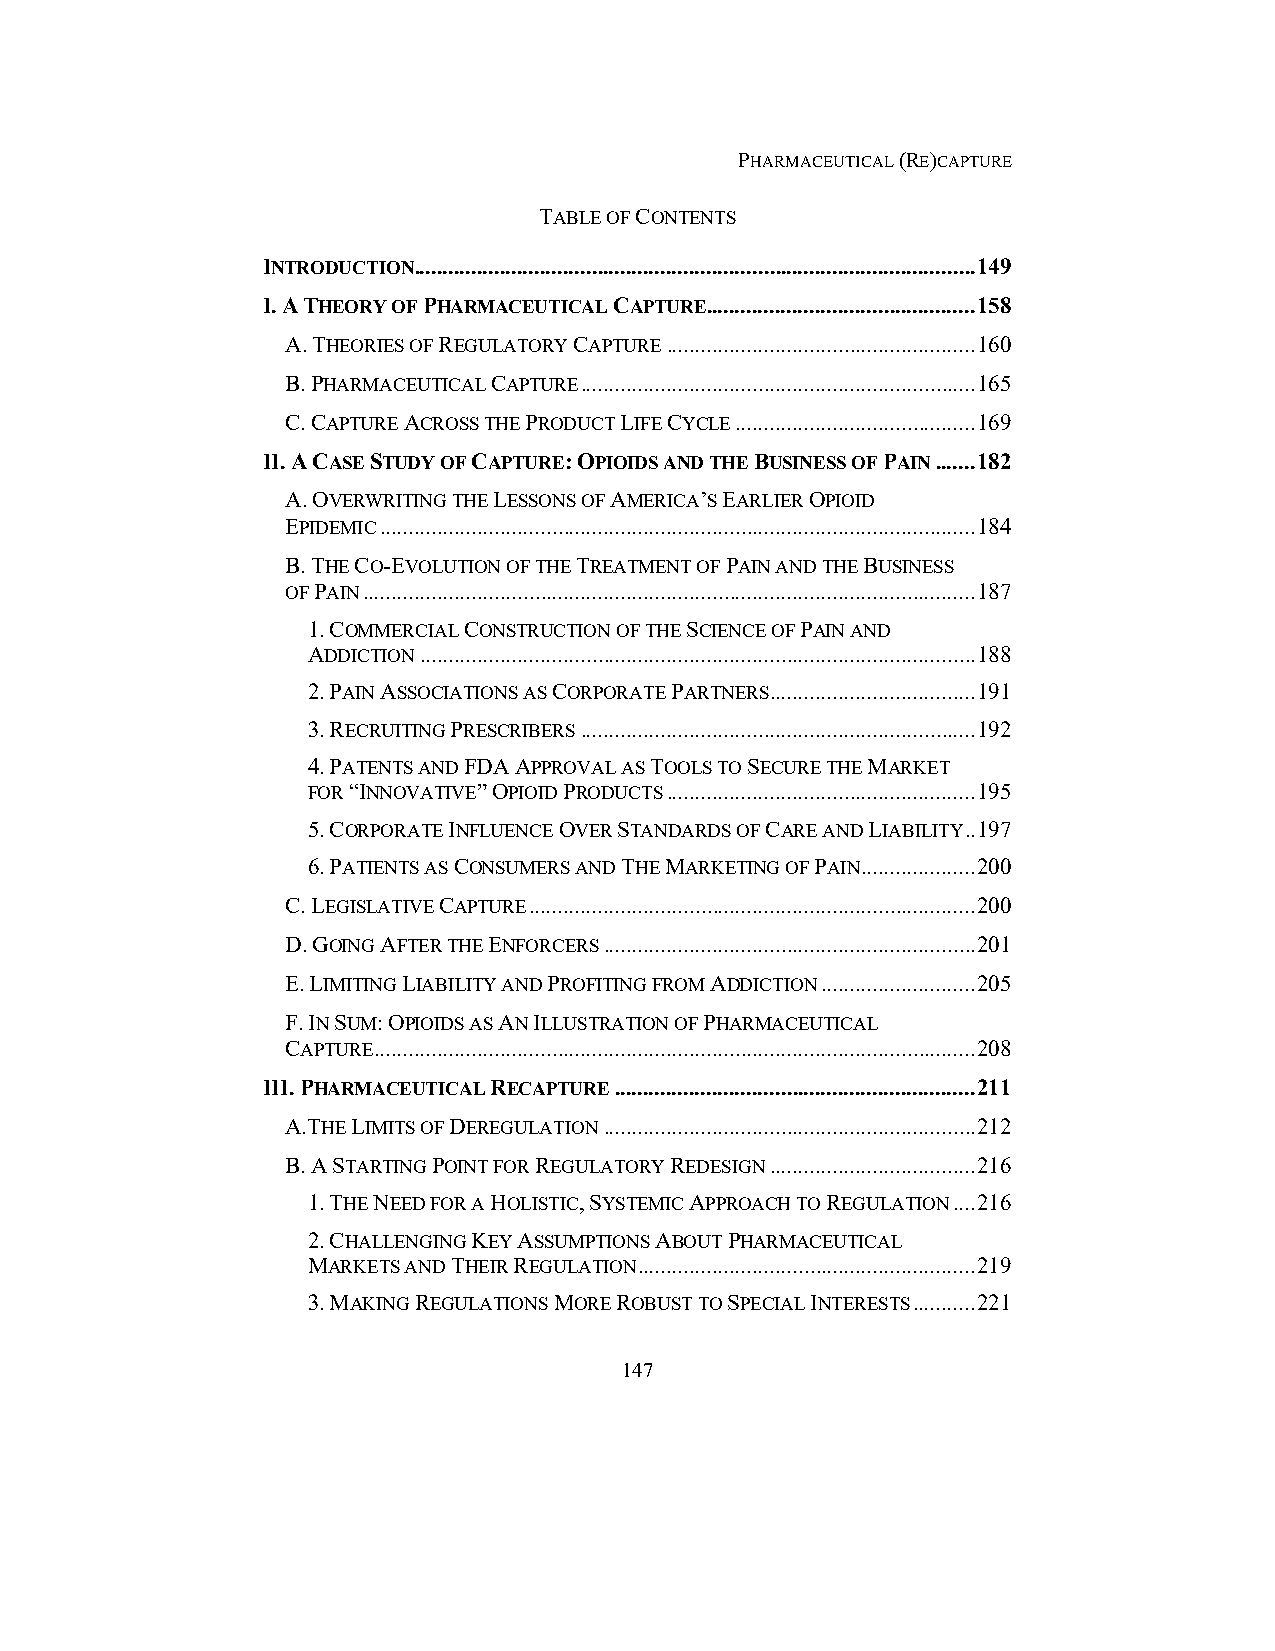
PHARMACEUTICAL (RE)CAPTURE
 TABLE OF CONTENTS
 INTRODUCTION .................................................................................................. 149
 I. A THEORY OF PHARMACEUTICAL CAPTURE ............................................... 158
 A. THEORIES OF REGULATORY CAPTURE ...................................................... 160
 B. PHARMACEUTICAL CAPTURE ..................................................................... 165
 C. CAPTURE ACROSS THE PRODUCT LIFE CYCLE .......................................... 169
 II. A CASE STUDY OF CAPTURE: OPIOIDS AND THE BUSINESS OF PAIN ....... 182
 A. OVERWRITING THE LESSONS OF AMERICA’S EARLIER OPIOID
 EPIDEMIC ........................................................................................................ 184
 B. THE CO-EVOLUTION OF THE TREATMENT OF PAIN AND THE BUSINESS
 OF PAIN ........................................................................................................... 187
 1. COMMERCIAL CONSTRUCTION OF THE SCIENCE OF PAIN AND
 ADDICTION ................................................................................................. 188
 2. PAIN ASSOCIATIONS AS CORPORATE PARTNERS .................................... 191
 3. RECRUITING PRESCRIBERS ..................................................................... 192
 4. PATENTS AND FDA APPROVAL AS TOOLS TO SECURE THE MARKET
 FOR “INNOVATIVE” OPIOID PRODUCTS ...................................................... 195
 5. CORPORATE INFLUENCE OVER STANDARDS OF CARE AND LIABILITY .. 197
 6. PATIENTS AS CONSUMERS AND THE MARKETING OF PAIN .................... 200
 C. LEGISLATIVE CAPTURE .............................................................................. 200
 D. GOING AFTER THE ENFORCERS ................................................................. 201
 E. LIMITING LIABILITY AND PROFITING FROM ADDICTION ........................... 205
 F. IN SUM: OPIOIDS AS AN ILLUSTRATION OF PHARMACEUTICAL
 CAPTURE ......................................................................................................... 208
 III. PHARMACEUTICAL RECAPTURE ............................................................... 211
 A.THE LIMITS OF DEREGULATION ................................................................. 212
 B. A STARTING POINT FOR REGULATORY REDESIGN .................................... 216
 1. THE NEED FOR A HOLISTIC, SYSTEMIC APPROACH TO REGULATION .... 216
 2. CHALLENGING KEY ASSUMPTIONS ABOUT PHARMACEUTICAL
 MARKETS AND THEIR REGULATION ........................................................... 219
 3. MAKING REGULATIONS MORE ROBUST TO SPECIAL INTERESTS ........... 221
 147